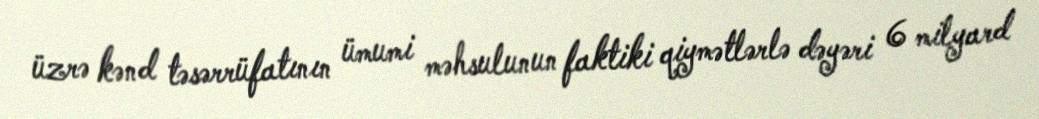
üzrə kənd təsərrüfatının ümumi məhsulunun faktiki qiymətlərlə dəyəri 6 milyard